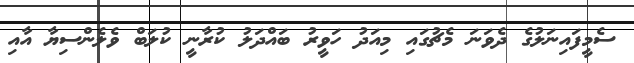
ސެމީފައިނަލުގެ ދެވަނަ މެޗުގައި މިއަދު ހަވީރު ބައްދަލު ކުރާނީ ކުލަބް ވެލެންސިޔާ އާއި